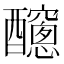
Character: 𨣼